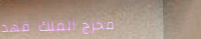
مخرج الملك فهد